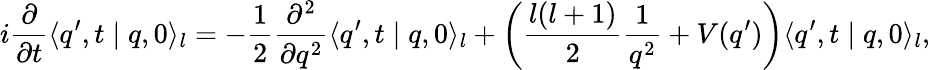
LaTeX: i\frac{\partial}{\partial t}\langle q^{\prime},t\mid q,0\rangle_{l}=-\frac{1}{2}\frac{\partial^{2}}{\partial q^{2}}\langle q^{\prime},t\mid q,0\rangle_{l}+\left(\frac{l(l+1)}{2}\frac{1}{q^{2}}+V(q^{\prime})\right)\langle q^{\prime},t\mid q,0\rangle_{l},